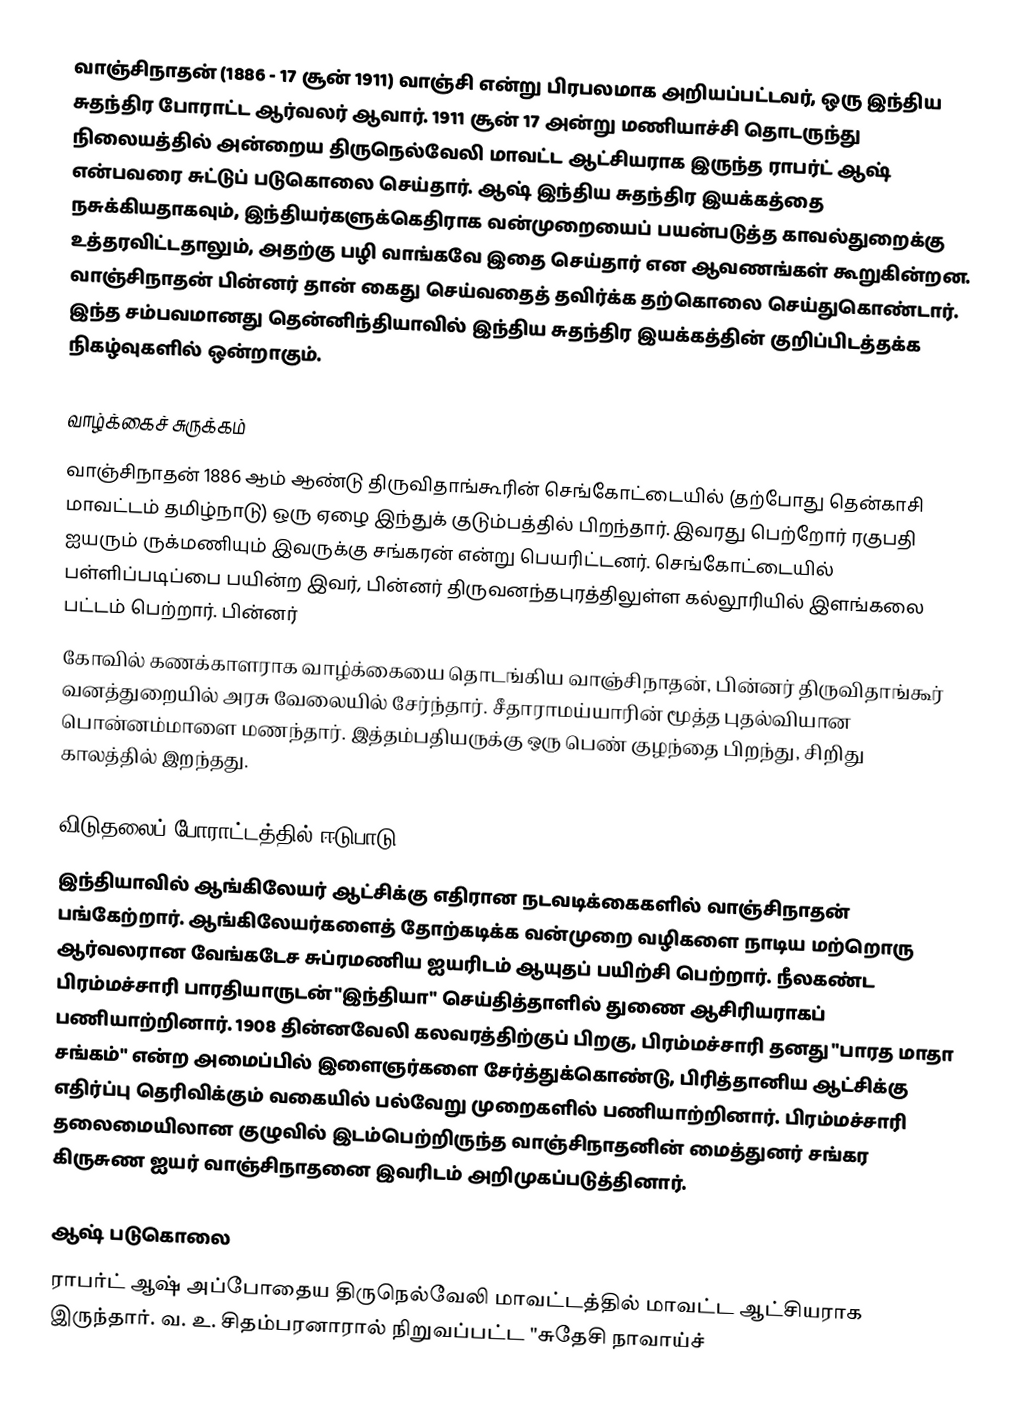
வாஞ்சிநாதன் (1886 - 17 சூன் 1911) வாஞ்சி என்று பிரபலமாக அறியப்பட்டவர், ஒரு இந்திய சுதந்திர போராட்ட ஆர்வலர் ஆவார். 1911 சூன் 17 அன்று மணியாச்சி தொடருந்து நிலையத்தில் அன்றைய திருநெல்வேலி மாவட்ட ஆட்சியராக இருந்த ராபர்ட் ஆஷ் என்பவரை சுட்டுப் படுகொலை செய்தார். ஆஷ் இந்திய சுதந்திர இயக்கத்தை நசுக்கியதாகவும், இந்தியர்களுக்கெதிராக வன்முறையைப் பயன்படுத்த காவல்துறைக்கு உத்தரவிட்டதாலும், அதற்கு பழி வாங்கவே இதை செய்தார் என ஆவணங்கள் கூறுகின்றன. வாஞ்சிநாதன் பின்னர் தான் கைது செய்வதைத் தவிர்க்க தற்கொலை செய்துகொண்டார். இந்த சம்பவமானது தென்னிந்தியாவில் இந்திய சுதந்திர இயக்கத்தின் குறிப்பிடத்தக்க நிகழ்வுகளில் ஒன்றாகும்.

வாழ்க்கைச் சுருக்கம்
வாஞ்சிநாதன் 1886 ஆம் ஆண்டு திருவிதாங்கூரின் செங்கோட்டையில் (தற்போது தென்காசி மாவட்டம் தமிழ்நாடு) ஒரு ஏழை இந்துக் குடும்பத்தில் பிறந்தார். இவரது பெற்றோர் ரகுபதி ஐயரும் ருக்மணியும் இவருக்கு சங்கரன் என்று பெயரிட்டனர். செங்கோட்டையில் பள்ளிப்படிப்பை பயின்ற இவர், பின்னர் திருவனந்தபுரத்திலுள்ள  கல்லூரியில் இளங்கலை பட்டம் பெற்றார். பின்னர்
கோவில் கணக்காளராக வாழ்க்கையை தொடங்கிய வாஞ்சிநாதன், பின்னர் திருவிதாங்கூர் வனத்துறையில் அரசு வேலையில் சேர்ந்தார். சீதாராமய்யாரின் மூத்த புதல்வியான பொன்னம்மாளை மணந்தார். இத்தம்பதியருக்கு ஒரு பெண் குழந்தை பிறந்து, சிறிது காலத்தில் இறந்தது.

விடுதலைப் போராட்டத்தில் ஈடுபாடு
இந்தியாவில் ஆங்கிலேயர் ஆட்சிக்கு எதிரான நடவடிக்கைகளில் வாஞ்சிநாதன் பங்கேற்றார். ஆங்கிலேயர்களைத் தோற்கடிக்க வன்முறை வழிகளை நாடிய மற்றொரு ஆர்வலரான வேங்கடேச சுப்ரமணிய ஐயரிடம் ஆயுதப் பயிற்சி பெற்றார். நீலகண்ட பிரம்மச்சாரி பாரதியாருடன் "இந்தியா" செய்தித்தாளில் துணை ஆசிரியராகப் பணியாற்றினார். 1908 தின்னவேலி கலவரத்திற்குப் பிறகு, பிரம்மச்சாரி தனது "பாரத மாதா சங்கம்" என்ற அமைப்பில் இளைஞர்களை சேர்த்துக்கொண்டு, பிரித்தானிய ஆட்சிக்கு எதிர்ப்பு தெரிவிக்கும் வகையில் பல்வேறு முறைகளில் பணியாற்றினார். பிரம்மச்சாரி தலைமையிலான குழுவில் இடம்பெற்றிருந்த வாஞ்சிநாதனின் மைத்துனர் சங்கர கிருசுண ஐயர் வாஞ்சிநாதனை இவரிடம் அறிமுகப்படுத்தினார்.

ஆஷ் படுகொலை
ராபர்ட் ஆஷ் அப்போதைய திருநெல்வேலி மாவட்டத்தில் மாவட்ட ஆட்சியராக இருந்தார். வ. உ. சிதம்பரனாரால் நிறுவப்பட்ட "சுதேசி நாவாய்ச்